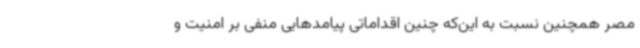
مصر همچنین نسبت به این‌که چنین‌ اقداماتی پیامدهایی منفی بر امنیت و